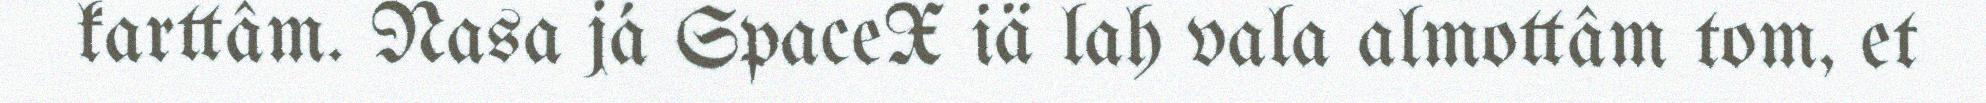
karttâm. Nasa já SpaceX iä lah vala almottâm tom, et